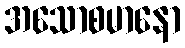
အသောစမာနော